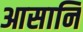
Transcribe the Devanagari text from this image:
आसानि